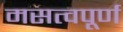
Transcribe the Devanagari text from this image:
मसत्वपूर्ण